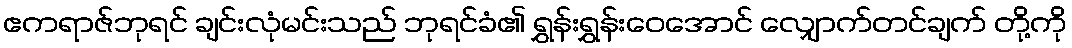
ဧကရာဇ်ဘုရင် ချင်းလုံမင်းသည် ဘုရင်ခံ၏ ရွှန်းရွှန်းဝေအောင် လျှောက်တင်ချက် တို့ကို